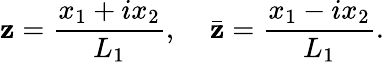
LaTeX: \mathbf{z}=\frac{{x_{1}+ix_{2}}}{{L_{1}}},\; \; \; \; \bar{{\mathbf{z}}}=\frac{{x_{1}-ix_{2}}}{{L_{1}}}.